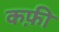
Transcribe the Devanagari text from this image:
कफ़ी